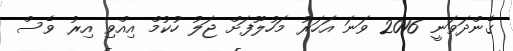
ގެންދަވަނީ 2016 ވަނަ އަހަރު މަަހުލޫފަށް ޖަލު ހުކުމް އިއްވި އިރު ވެސް